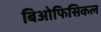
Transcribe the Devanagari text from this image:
बिओफिसिकल